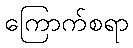
ကြောက်စရာ